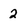
Character: 2